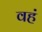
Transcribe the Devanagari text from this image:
वहं